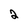
Character: 2